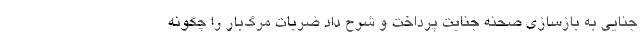
جنایی به بازسازی صحنه جنایت پرداخت و شرح داد ضربات مرگ‌بار را چگونه